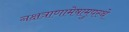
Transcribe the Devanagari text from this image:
नक्षत्राणामेषामुपस्थे